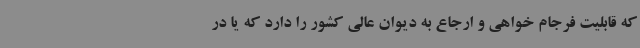
که قابلیت فرجام خواهی و ارجاع به دیوان عالی کشور را دارد که یا در